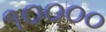
૧૦૦૦૦